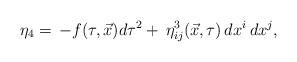
LaTeX: \begin{align*} \eta_4=\,-f(\tau, \vec{x})d\tau^2+\,\eta^3_{ij}(\vec{x},\tau)\,dx^i\,dx^j, \end{align*}